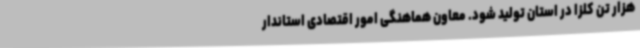
هزار تن کلزا در استان تولید شود. معاون هماهنگی امور اقتصادی استاندار